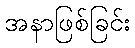
အနာဖြစ်ခြင်း